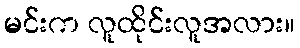
မင်းက လူထိုင်းလူအလား။